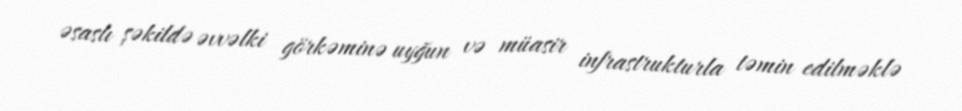
əsaslı şəkildə əvvəlki görkəminə uyğun və müasir infrastrukturla təmin edilməklə